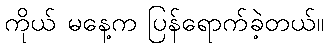
ကိုယ် မနေ့က ပြန်ရောက်ခဲ့တယ်။